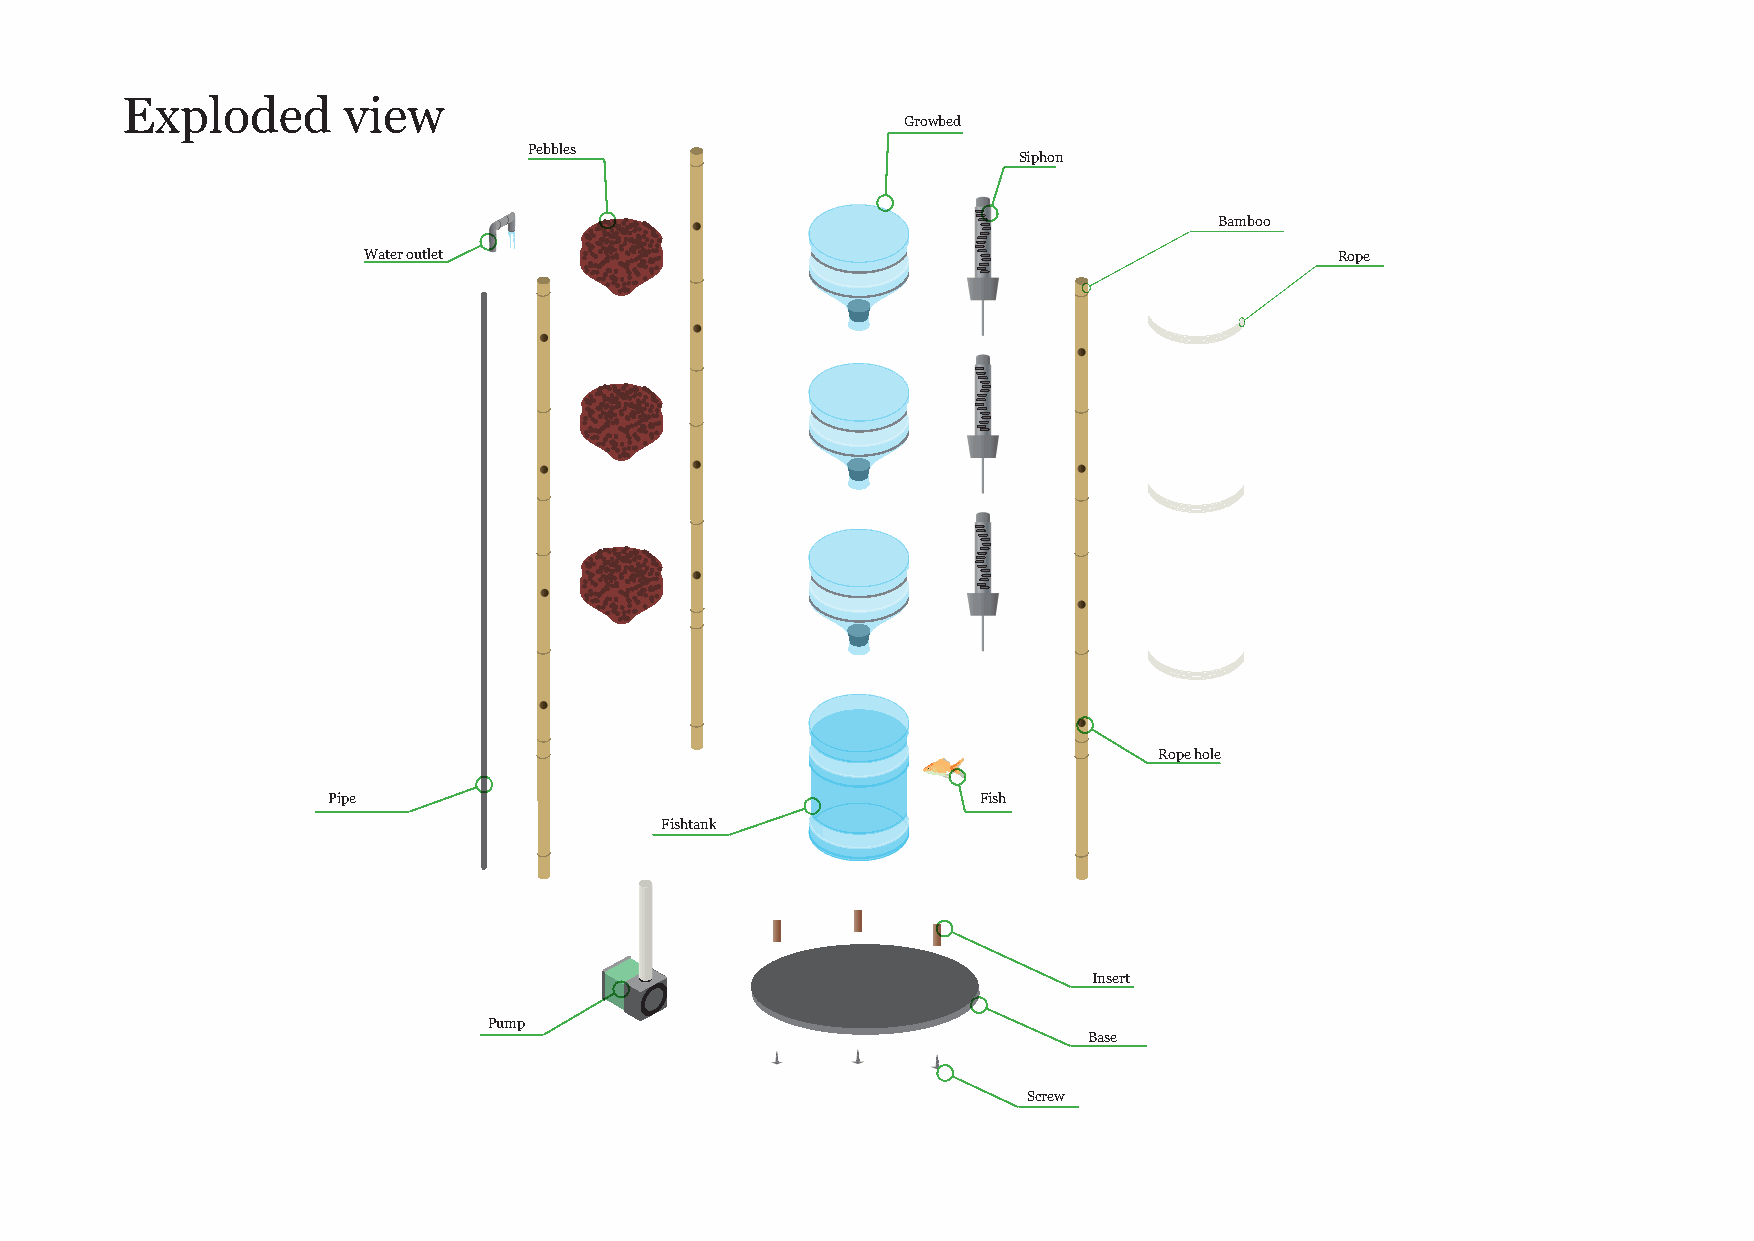
Exploded       view
 Growbed
 Pebbles
 Siphon
 Bamboo
 Water outlet                                                     Rope
 Rope hole
 Pipe                                       Fish
 Fishtank
 Insert
 Pump
 Base
 Screw